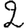
Digit: 2